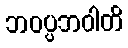
ဘဝပ္ပဘဝါတိ